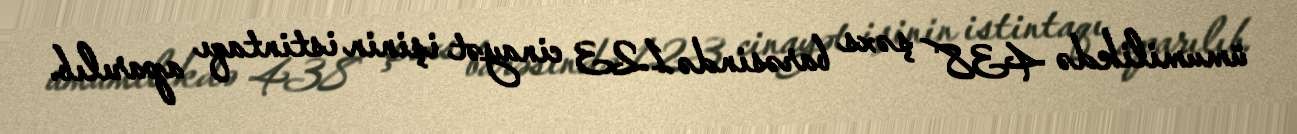
ümumilikdə 438 şəxs barəsində 123 cinayət işinin istintaqı aparılıb.